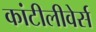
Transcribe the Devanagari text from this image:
कांटीलीवेर्स